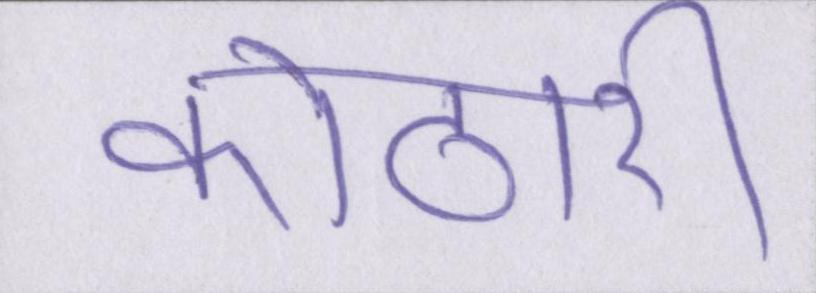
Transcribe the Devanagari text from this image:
कोठारी